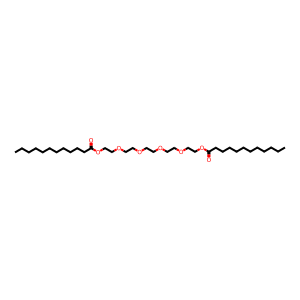
SMILES: CCCCCCCCCCCC(=O)OCCOCCOCCOCCOCCOC(=O)CCCCCCCCCCC
Inhibits HIV replication: No